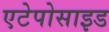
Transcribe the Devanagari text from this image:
एटेपोसाइड